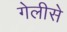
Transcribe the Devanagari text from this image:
गेलीसे